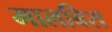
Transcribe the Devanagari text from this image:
मालबिस